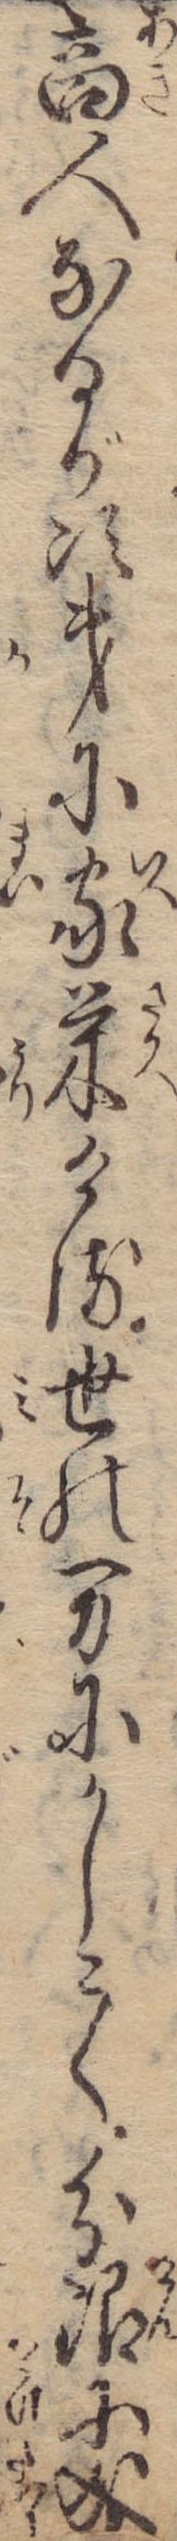
商人なるが次第に家栄ける世の万にかしこく分限に成